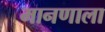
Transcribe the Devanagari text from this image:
मानणाला